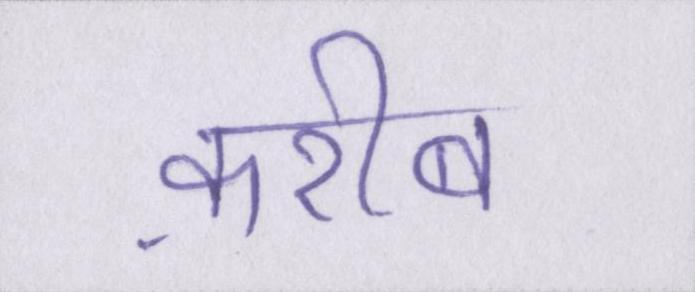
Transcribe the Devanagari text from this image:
क़रीब